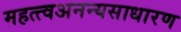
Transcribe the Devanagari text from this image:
महत्त्वअनन्यसाधारण